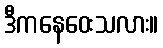
ဒီကနေဝေးသလား။